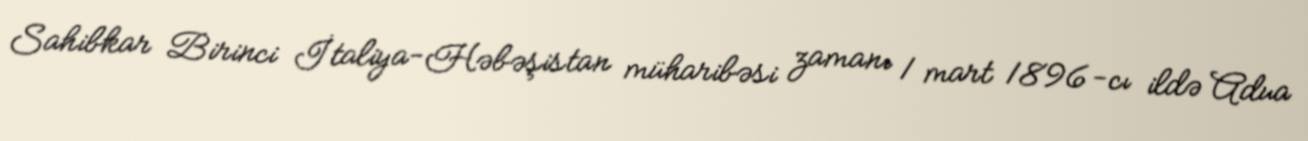
Sahibkar Birinci İtaliya-Həbəşistan müharibəsi zamanı 1 mart 1896-cı ildə Adua